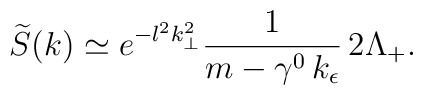
\widetilde{S}(k) \simeq e^{-l^2 k_{\perp}^2} \frac{1}{m-\gamma^0\, k_{\epsilon}}\,2\Lambda_{+}.